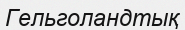
Гельголандтық